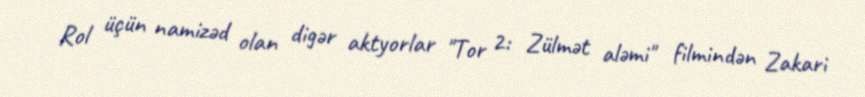
Rol üçün namizəd olan digər aktyorlar "Tor 2: Zülmət aləmi" filmindən Zakari